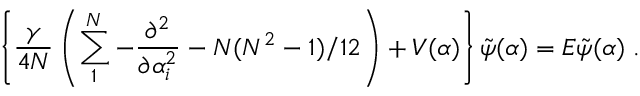
\left\{ \frac { \gamma } { 4 N } \left( \sum _ { 1 } ^ { N } - \frac { \partial ^ { 2 } } { \partial \alpha _ { i } ^ { 2 } } - N ( N ^ { 2 } - 1 ) / 1 2 \right) + V ( \alpha ) \right\} \tilde { \psi } ( \alpha ) = { \cal E } \tilde { \psi } ( \alpha ) \; .